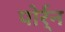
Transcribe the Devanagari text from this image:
पोर्र्न